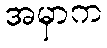
အမှာက